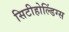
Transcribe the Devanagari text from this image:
सिटीहोल्डिंग्स